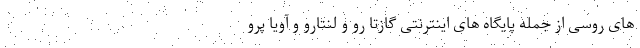
های روسی از جمله پایگاه های اینترنتی گازتا رو و لنتارو و آویا پرو